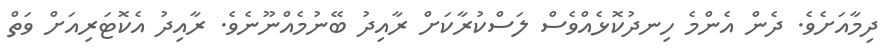
ދިމާއަށެވެ. ދެން އެންމެ ހިނދުކޮޅެއްވެސް ލަސްކުރާކަށް ރާއިދު ބޭނުމެއްނޫނެވެ. ރާއިދު އެކޮޓަރިއަށް ވަތް